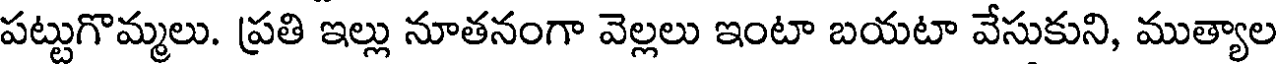
పట్టుగొమ్మలు. ప్రతి ఇల్లు నూతనంగా వెల్లలు ఇంటా బయటా వేసుకుని, ముత్యాల